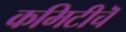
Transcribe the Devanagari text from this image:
कमिटीचॆ